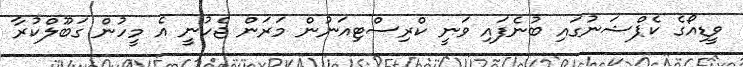
ވީޑިއޯގެ ކެޕްޝަނުގައި ބުނެފައި ވަނީ ކްރިސްޓިއަނުން މަރަން ޖެހުނީ އެ މީހުން ގަބޫލްކުރާ